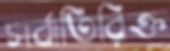
সর্বাতিরিক্ত